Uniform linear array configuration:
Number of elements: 16
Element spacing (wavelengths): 0.25
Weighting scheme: hann
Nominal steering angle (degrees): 30
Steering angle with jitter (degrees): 28.214
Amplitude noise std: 0.05
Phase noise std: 0.05

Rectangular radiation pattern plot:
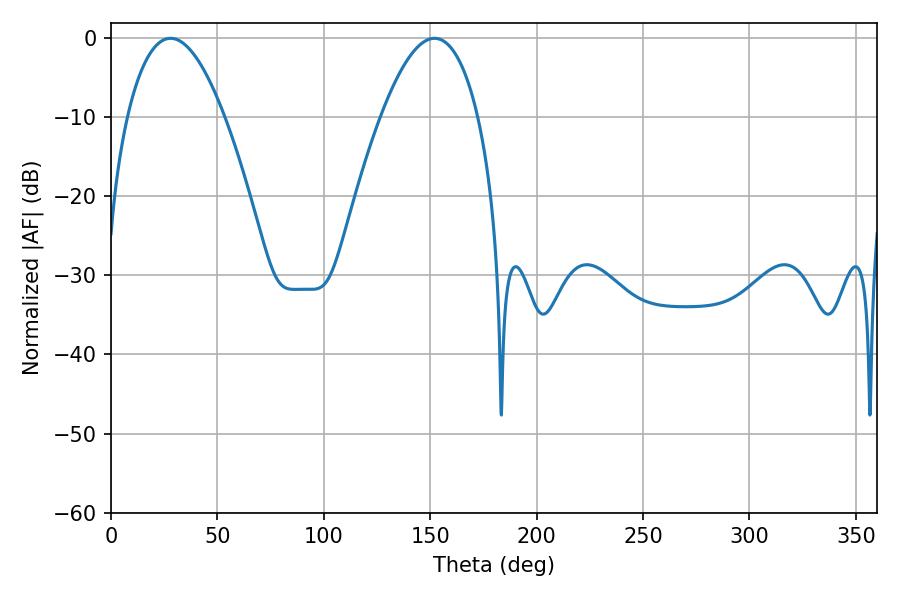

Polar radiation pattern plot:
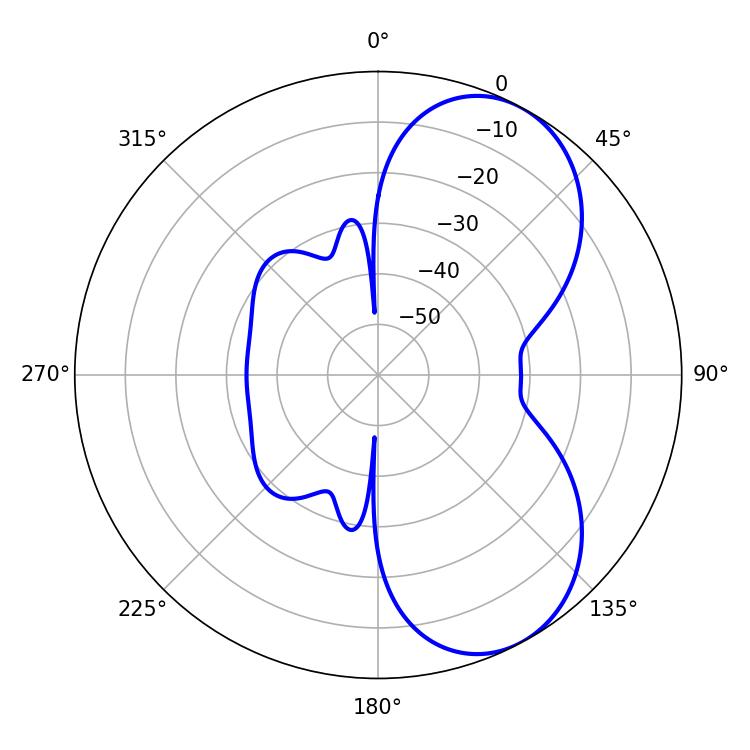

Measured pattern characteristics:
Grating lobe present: FALSE
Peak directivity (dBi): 6.425
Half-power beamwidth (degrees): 25.2
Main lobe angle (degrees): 27.9